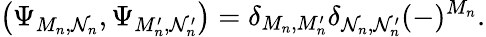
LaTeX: \left(\Psi_{M_{n},\mathcal{N}_{n}},\Psi_{M_{n}^{\prime},\mathcal{N}_{n}^{\prime}}\right)=\delta_{M_{n},M_{n}^{\prime}}\delta_{\mathcal{N}_{n},\mathcal{N}_{n}^{\prime}}(-)^{M_{n}}.